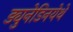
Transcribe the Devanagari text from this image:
ड्युनेडिनयेथे